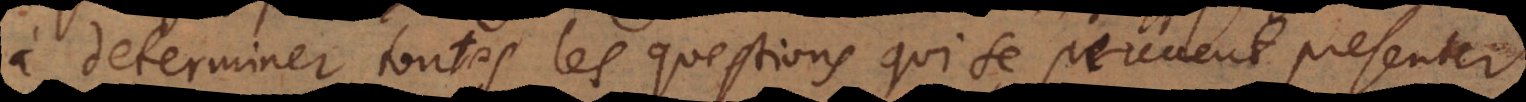
à determiner toutes les questions qui se peuvent present